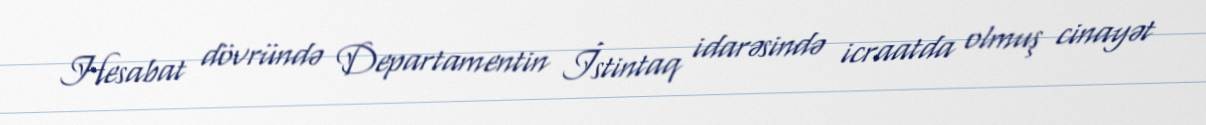
Hesabat dövründə Departamentin İstintaq idarəsində icraatda olmuş cinayət